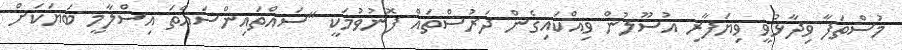
މުސްތަފާ ވިދާޅުވީ ވިޔަފާރި އުސޫލުން ވިއްކައިގެން ދަރުސްތައް ފޮނުވުމަކީ "ސައްތައިންސައްތަ އިސްލާމީ ބަޔަކަށް